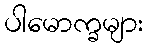
ပါမောက္ခများ